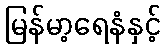
မြန်မာ့ရေနံနှင့်